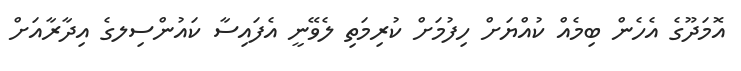
އޮމަދޫގެ އެހެން ބިމެއް ކުއްޔަށް ހިފުމަށް ކުރިމަތި ލެވޭނީ އެފައިސާ ކައުންސިލގެ އިދާރާއަށް